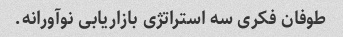
طوفان فکری سه استراتژی بازاریابی نوآورانه.